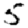
Digit: 5